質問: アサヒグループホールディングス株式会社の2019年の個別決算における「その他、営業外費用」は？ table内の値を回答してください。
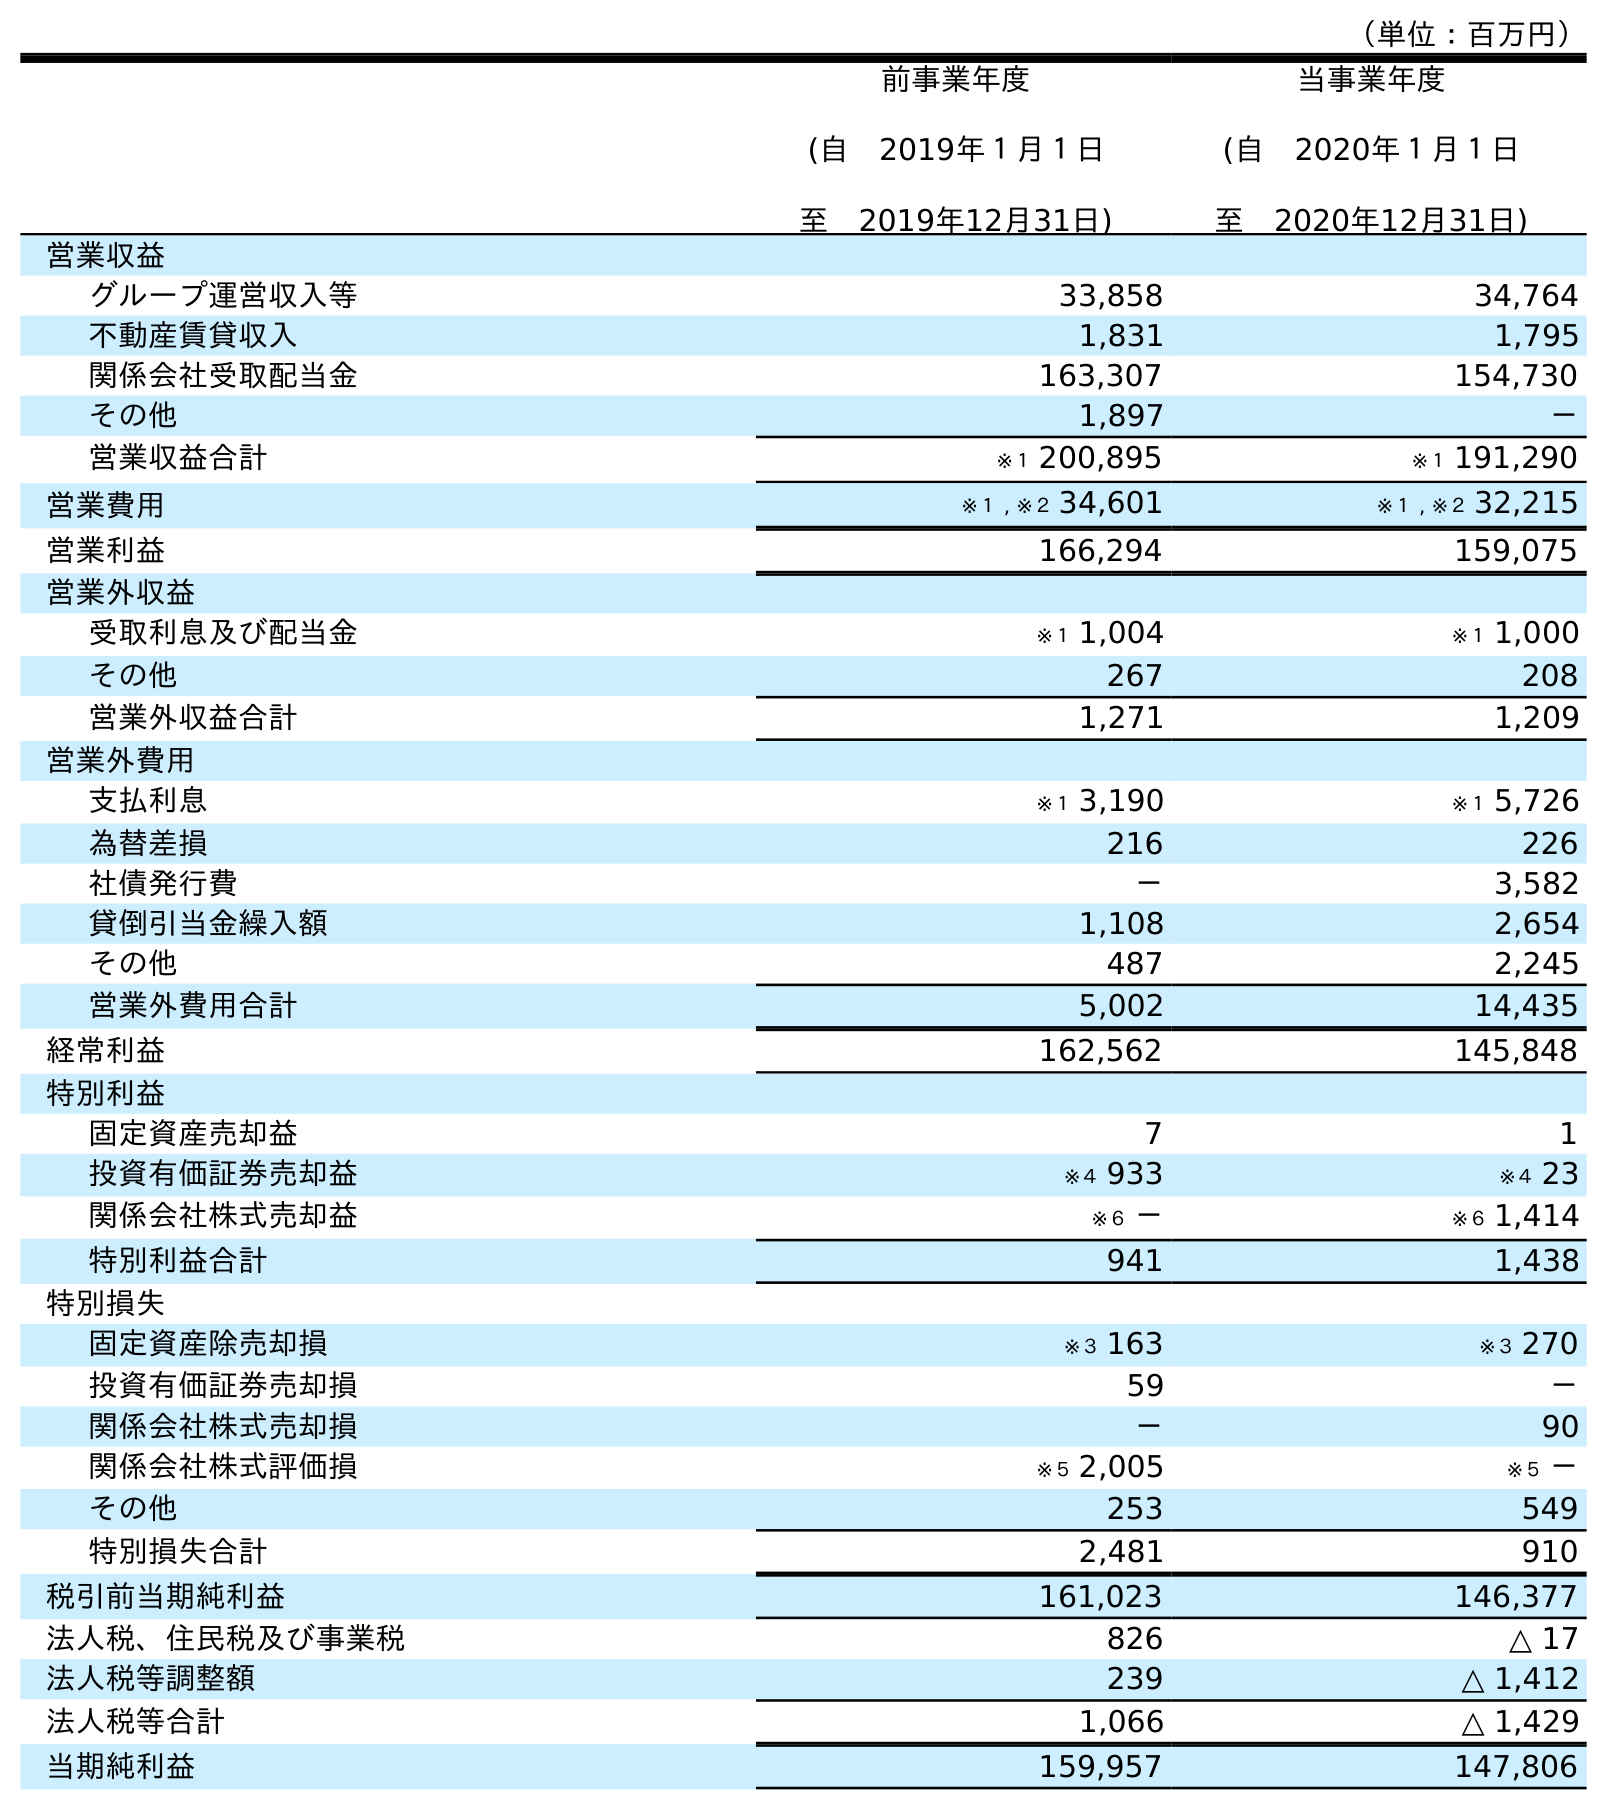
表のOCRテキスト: （単位：百万円） 前事業年度 (自 2019年１月１日 至 2019年12月31日) 当事業年度 (自 2020年１月１日 至 2020年12月31日) 営業収益 グループ運営収入等 33,858 34,764 不動産賃貸収入 1,831 1,795 関係会社受取配当金 163,307 154,730 その他 1,897 － 営業収益合計 ※１ 200,895 ※１ 191,290 営業費用 ※１ , ※２ 34,601 ※１ , ※２ 32,215 営業利益 166,294 159,075 営業外収益 受取利息及び配当金 ※１ 1,004 ※１ 1,000 その他 267 208 営業外収益合計 1,271 1,209 営業外費用 支払利息 ※１ 3,190 ※１ 5,726 為替差損 216 226 社債発行費 － 3,582 貸倒引当金繰入額 1,108 2,654 その他 487 2,245 営業外費用合計 5,002 14,435 経常利益 162,562 145,848 特別利益 固定資産売却益 7 1 投資有価証券売却益 ※４ 933 ※４ 23 関係会社株式売却益 ※６ － ※６ 1,414 特別利益合計 941 1,438 特別損失 固定資産除売却損 ※３ 163 ※３ 270 投資有価証券売却損 59 － 関係会社株式売却損 － 90 関係会社株式評価損 ※５ 2,005 ※５ － その他 253 549 特別損失合計 2,481 910 税引前当期純利益 161,023 146,377 法人税、住民税及び事業税 826 △ 17 法人税等調整額 239 △ 1,412 法人税等合計 1,066 △ 1,429 当期純利益 159,957 147,806
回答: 487